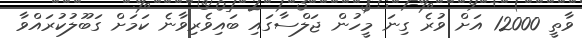
ވާތީ 12000 އަށް ވުރެ ގިނަ މީހުން ޖަލްސާގައި ބައިވެރިވާނެ ކަމަށް ގަބޫލުކުރައްވާ